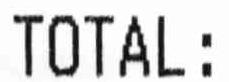
TOTAL: